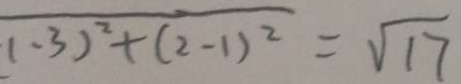
\sqrt { ( - 3 ) ^ { 2 } + ( 2 - 1 ) ^ { 2 } } = \sqrt { 1 7 }